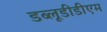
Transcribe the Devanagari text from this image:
डब्लूडीडीएम